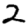
Digit: 2